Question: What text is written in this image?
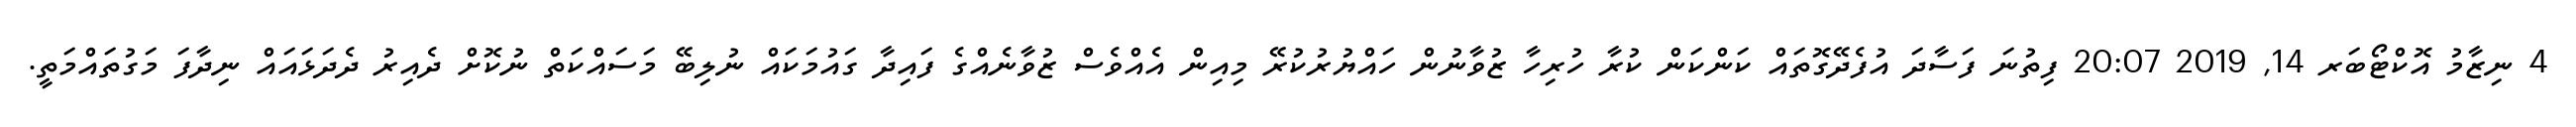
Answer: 4 ނިޒާމު އޮކްޓޯބަރ 14, 2019 20:07 ފިތުނަ ފަސާދަ އުފެދޭގޮތައް ކަންކަން ކުރާ ހުރިހާ ޒުވާނުން ހައްޔުރުކުރޭ މިއިން އެއްވެސް ޒުވާނެއްގެ ފައިދާ ގައުމަކައް ނުލިބޭ މަސައްކަތް ނުކޮށް ދެއިރު ދެދަޅައައް ނިދާފަ މަގުތައްމަތީ.